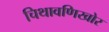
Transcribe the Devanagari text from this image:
चिथावणिखोर